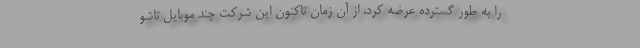
را به طور گسترده عرضه کرد. از آن زمان تاکنون این شرکت چند موبایل تاشو